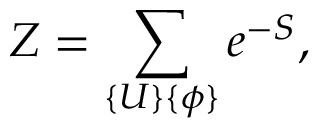
Z = \sum _ { \{ U \} \{ \phi \} } e ^ { - S } ,